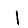
Digit: 1